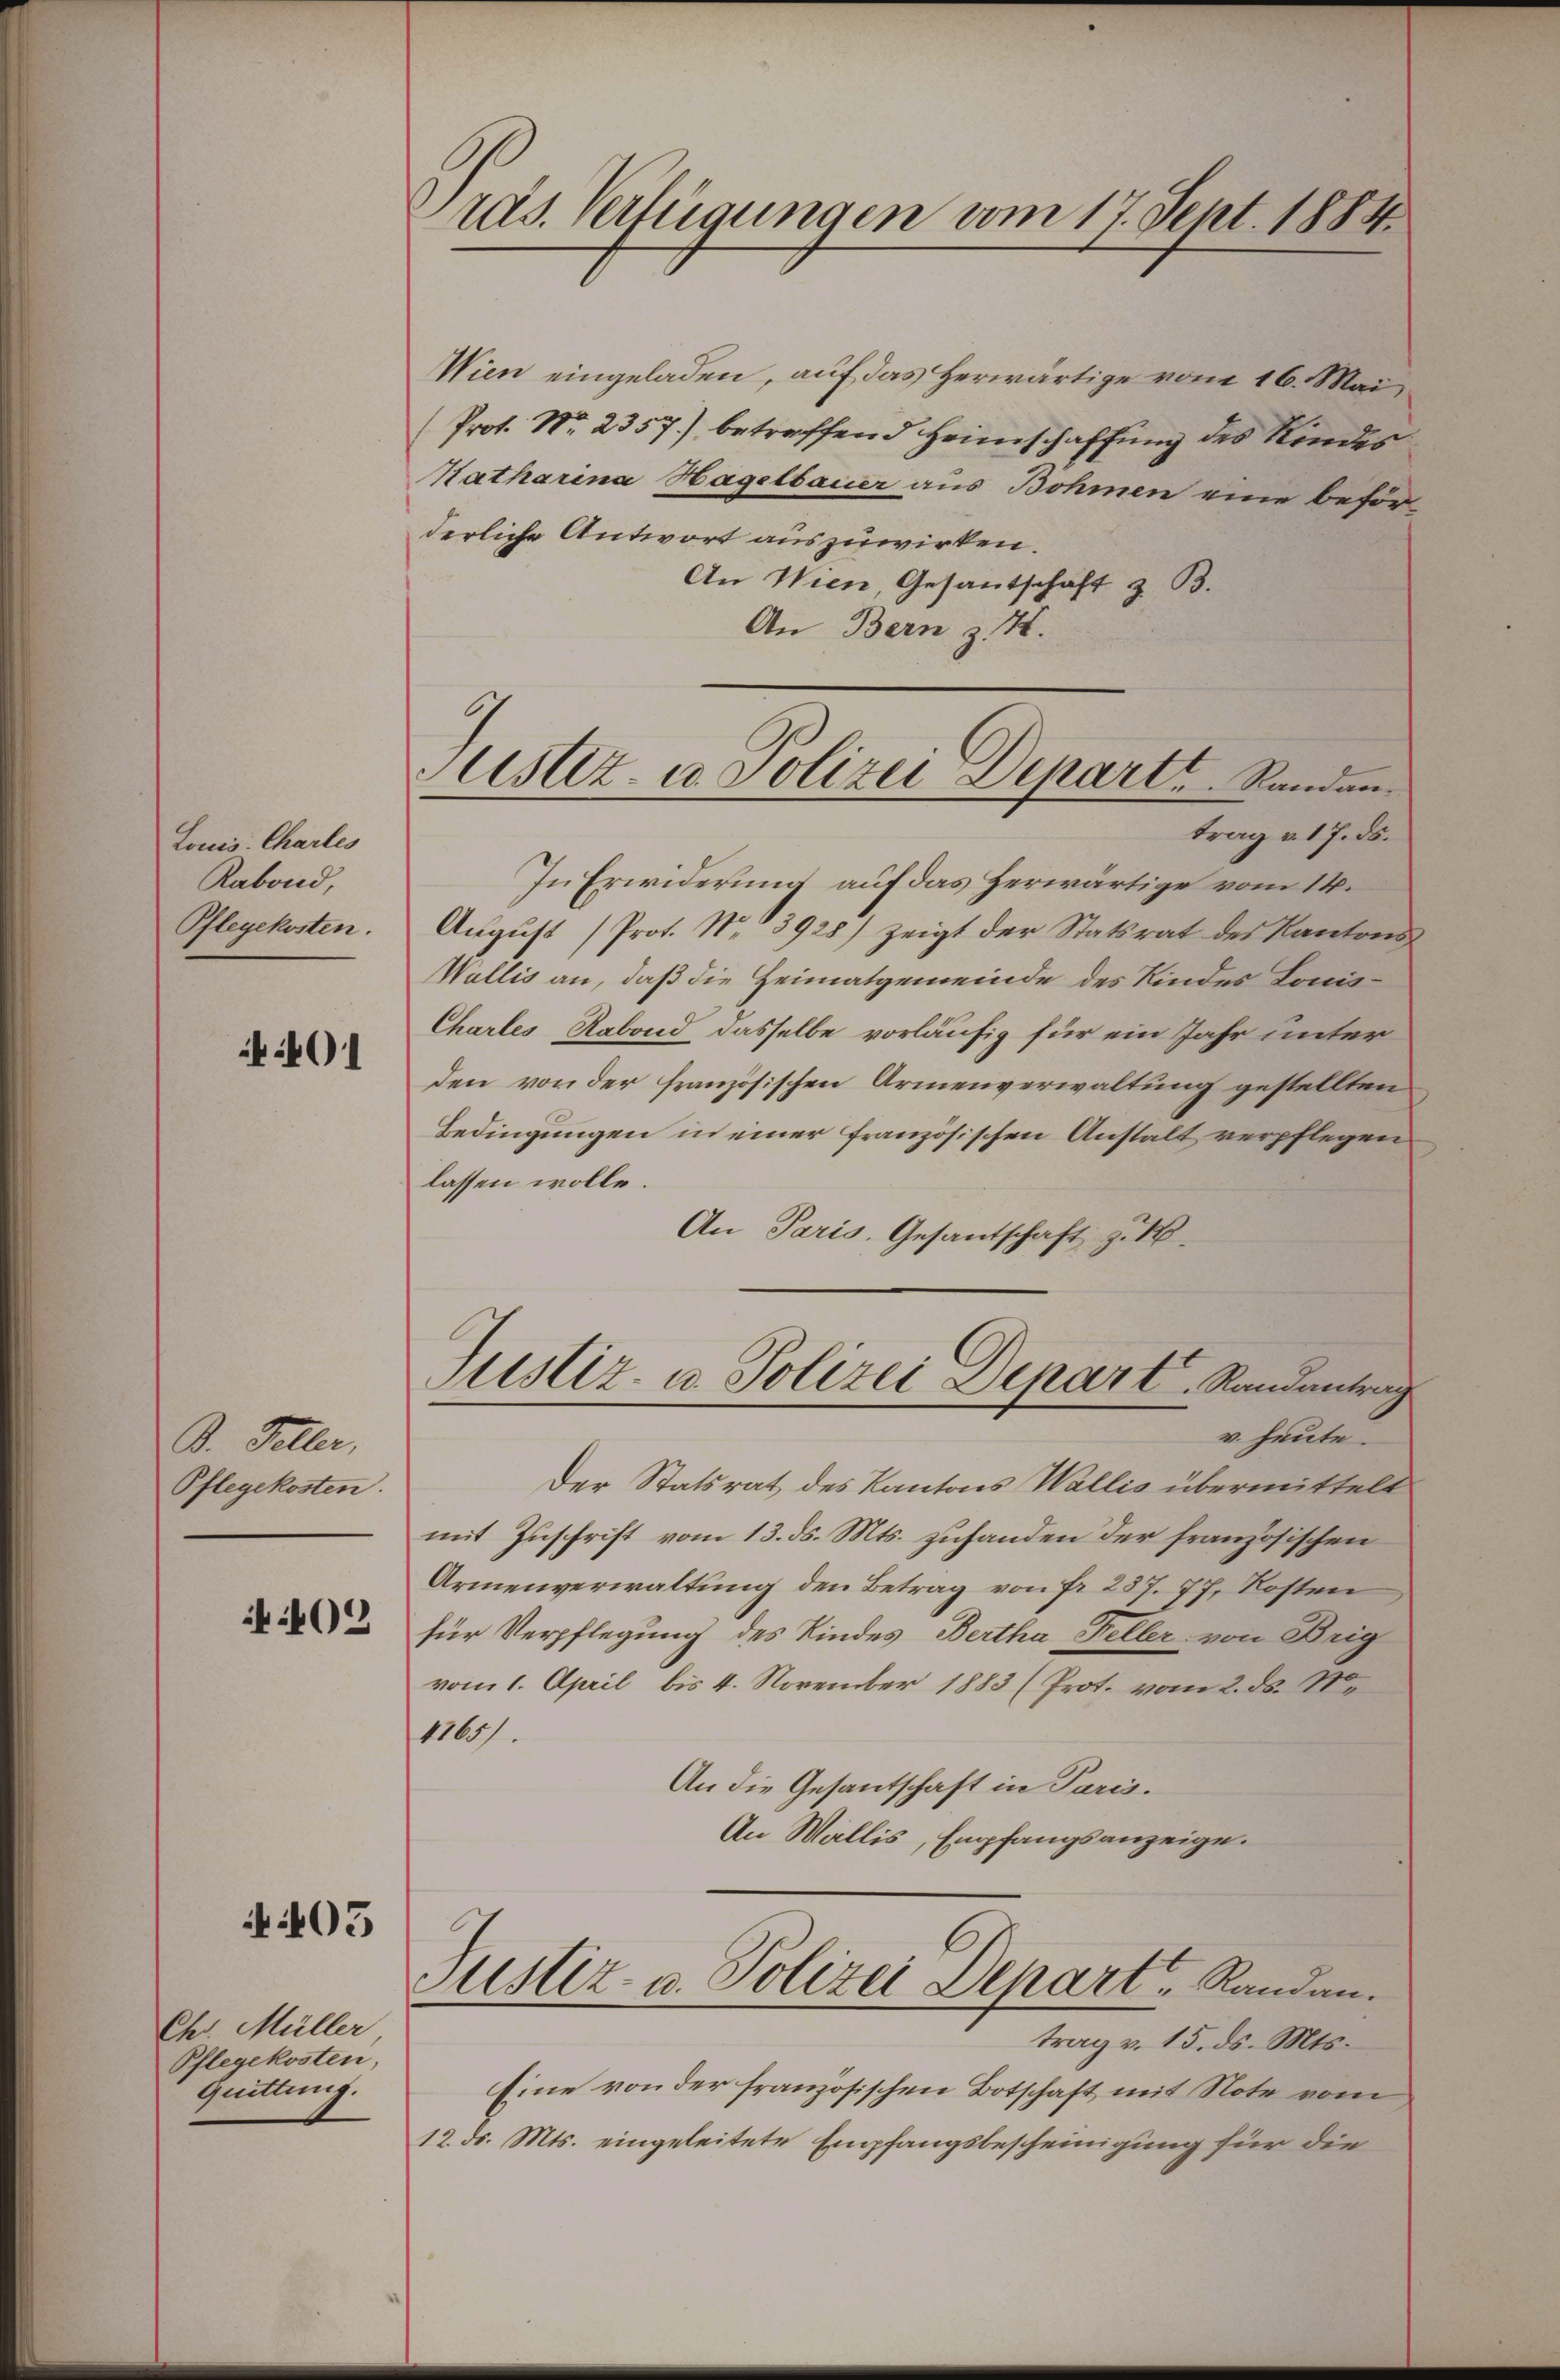
Louis Charles
Rabond,
Pflegekosten.

4401

B. Feller,
Pflegekosten.

402

A 405

Chr. Müller
Pflegekosten,
Quittung.

ras. Verfügungen vom 17. Sept. 1884

Astiz- u Polizei Depart. Randan

Wien eingeladen, auf das herwärtige vom 16. Mai
Prot. No. 2357) betreffend Heimschaffung des Kindes
Hatharina Hagelbauer aus Bohmen eine beförderliche Antwort auszuwirken.
An Wien, Gesantschaft z. B.
An Bern z. H.
trag v. 17. ds.
In Erwiderung auf das Herwärtige vom 14.
Aŭgŭst (Prot. No. 13928) zeigt der Statsrat des Kantons-
Wallis an, daß die Heimatgemeinde des Kindes Louis¬
Chartes Rabond dasselbe vorläufig für ein Jahr unter
den von der französischen Armenverwaltung gestellten
Bedingungen in einer französischen Anstalt verpflegen
lassen wolle.
An Paris, Gesantschaft z. B.
Justiz- u. Polizei Depart, Randantrag
v. heute.
Der Statsrat des Kantons Wallis übermittelt
mit Zuschrift vom 13. ds. Mts. zuhanden der französischen
Armenverwaltung den Betrag von fr. 287. 77, Kosten
für Verpflegung des Kindes Bertha Keller von Brig
vom 1. April bis 4. November 1883 (Prot. vom 2. ds. Me
4165)
An die Gesantschaft in Paris.
An Wallis, Empfangsanzeige.
Justiz- u. Polizei Depart   Randau.
trag v. 15. ds. Mts.
Eine von der französischen Botschaft mit Note vom
12. ds. Mts. eingeleitete Empfangsbescheinigung für die